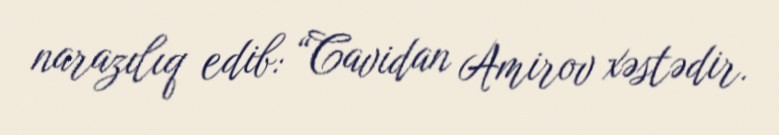
narazılıq edib: “Cavidan Amirov xəstədir.